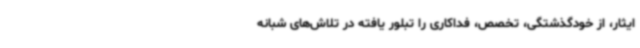
ایثار، از خودگذشتگی، تخصص، فداکاری را تبلور یافته در تلاش‌های شبانه